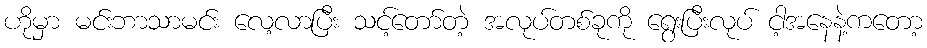
ဟိုမှာ မင်းဘာသာမင်း လေ့လာပြီး သင့်တော်တဲ့ အလုပ်တစ်ခုကို ရွေးပြီးလုပ် ငါ့အနေနဲ့ကတော့